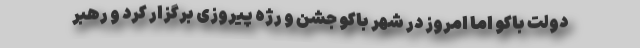
دولت باکو اما امروز در شهر باکو جشن و رژه پیروزی برگزار کرد و رهبر